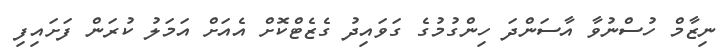
ނިޒާމް ހުސްނުވާ އާސަންދަ ހިންގުމުގެ ގަވައިދު ގެޒެޓްކޮށް އެއަށް އަމަލު ކުރަން ފަށައިފި